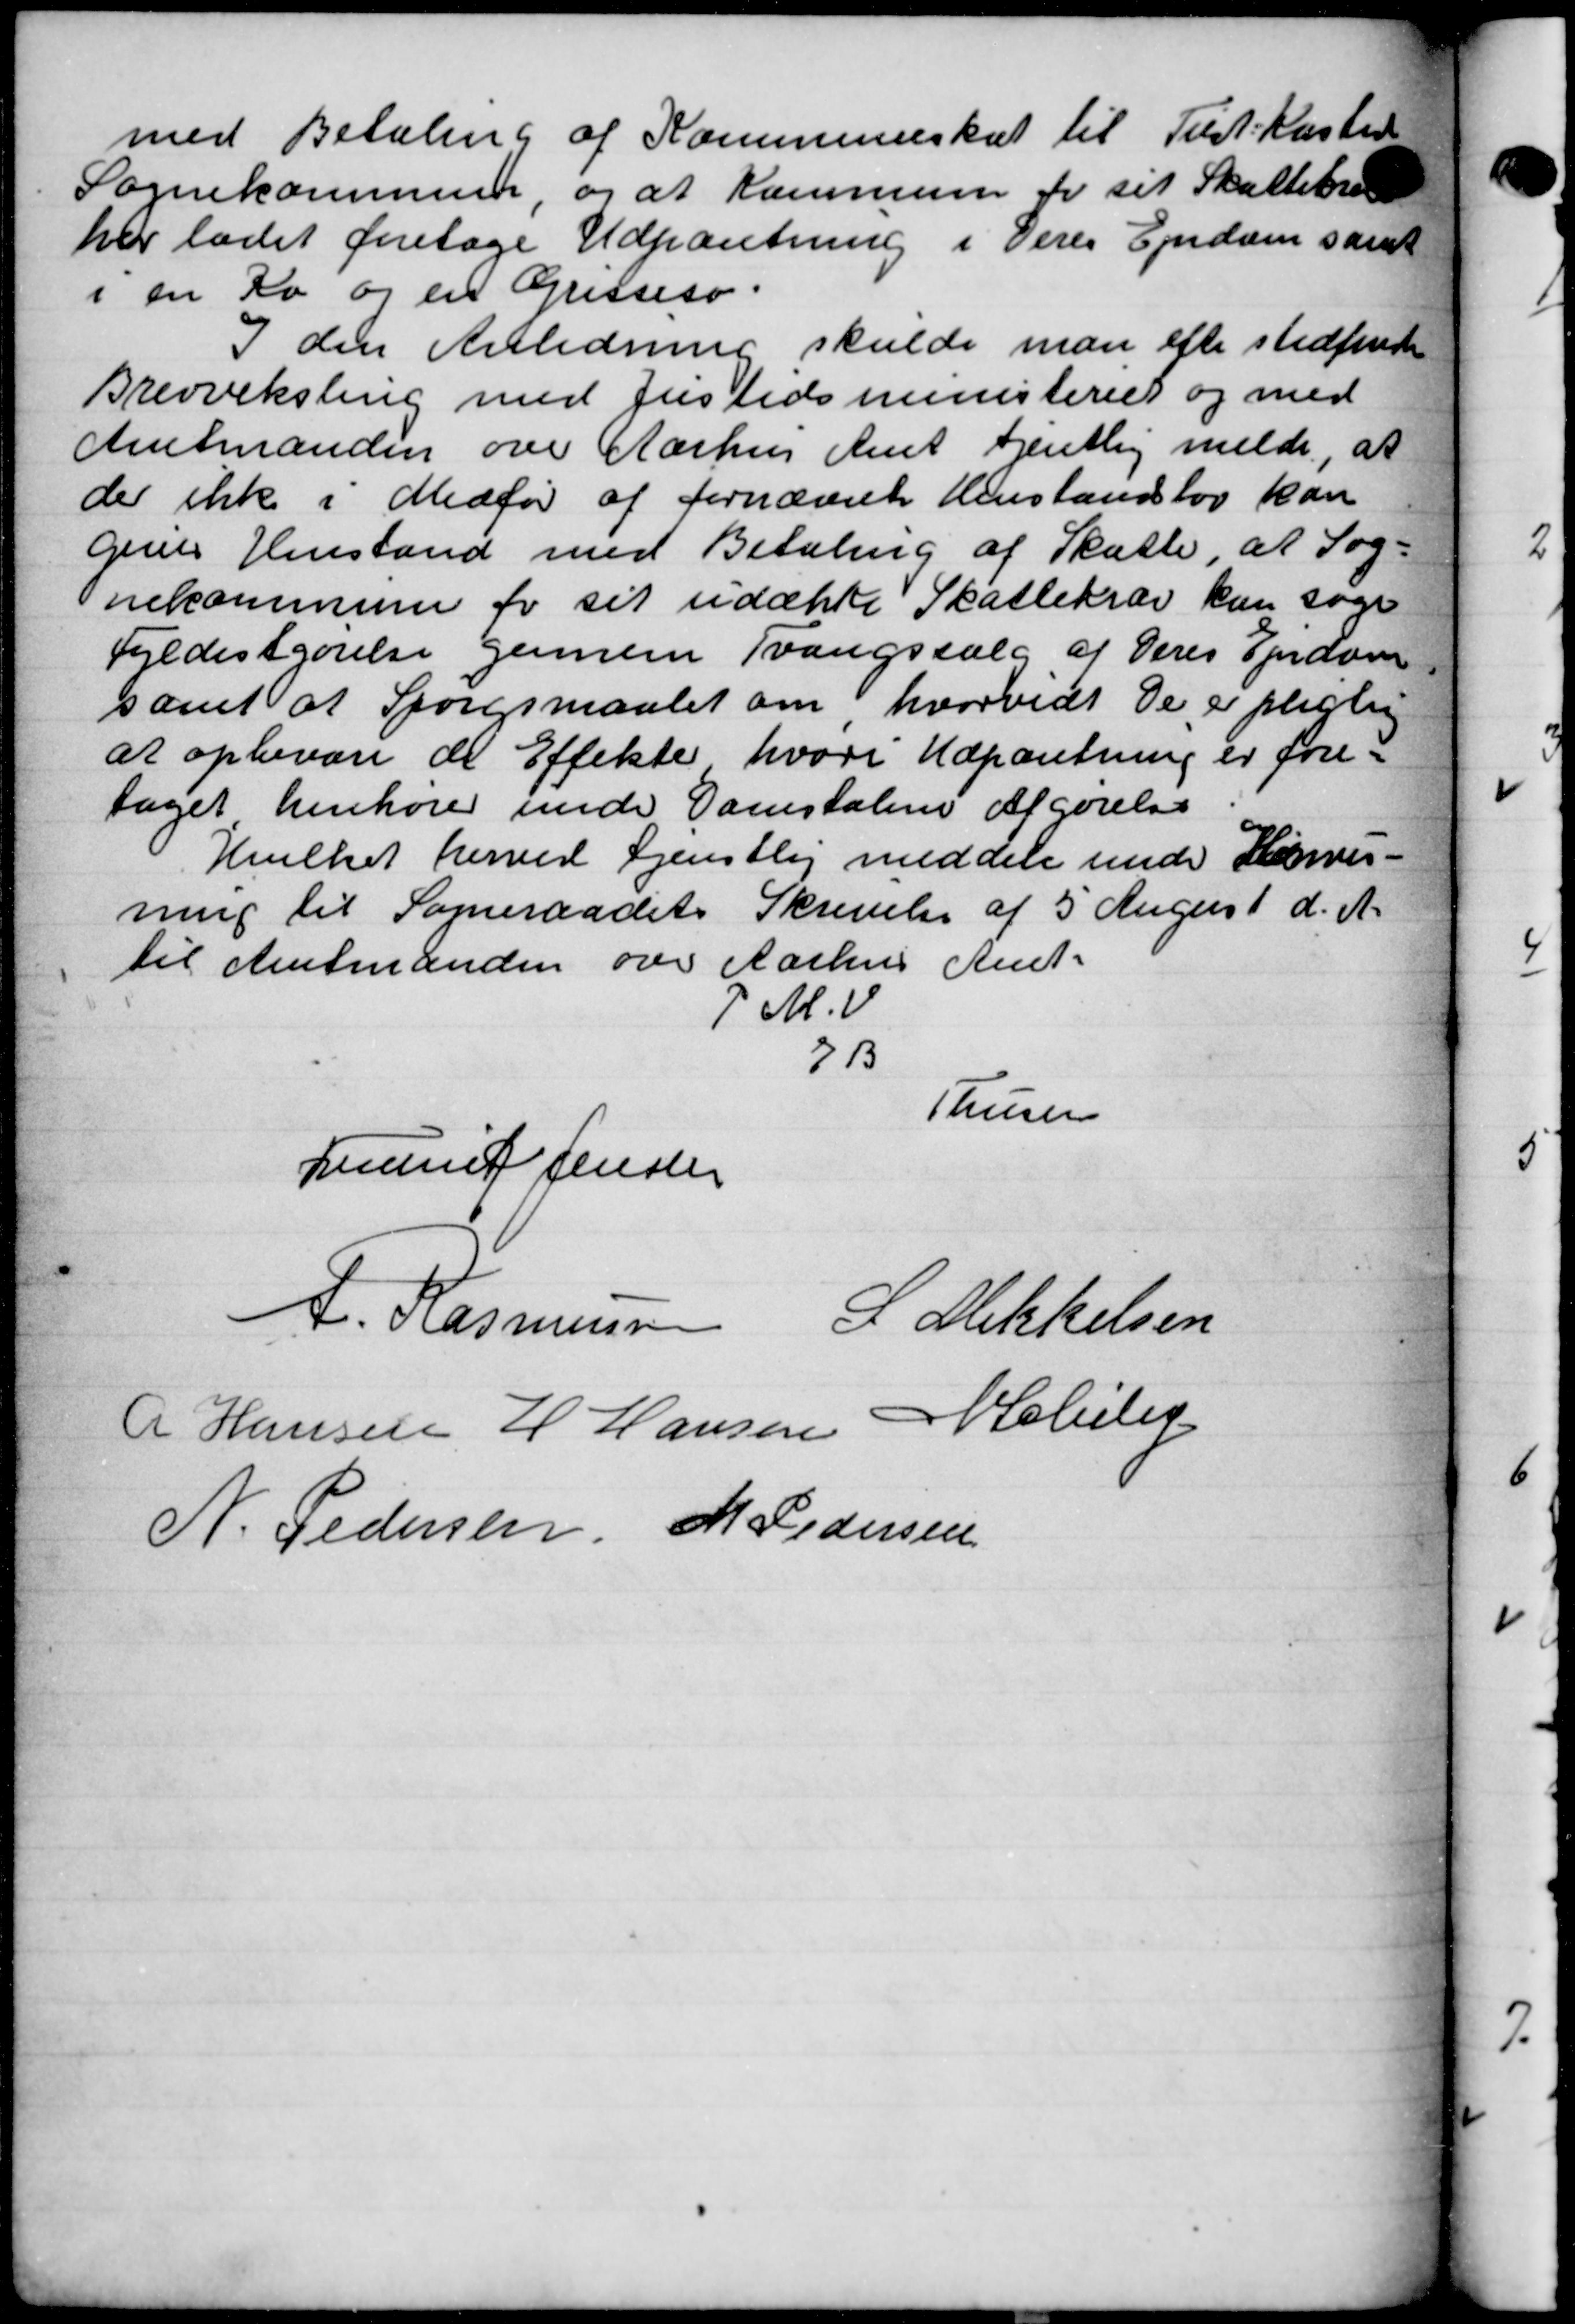
Transskription:
med Betaling af Kommuneskat til Tilst-Kasten
Sognekommune, og at Kommunen for sit Skattekræ
her ladet foretage Udpantning i Deres Ejendom samt
i en Ro og en Gresseso.
I den Anledning skulde man efter stedfunde
Brevveksling med Justidsministeriet og med
Amtmanden over Aarhus Amt tjentlig melde, at
der ikke i Medfør af fornævnte Henstandelov kan
gives Henstand med Betaling af Skatte at Sog-
nekommune for sit udætte Skattekrav kan søge
Fyldestgørelse gennem Tvangssalg af Deres Ejendom
samt at Spørgsmaalet om hvorvidt De er pligtig
at opbevare de Eftekte hvori Udpantning er fore-
taget henhører unde Danstalene Afgørelse
Hulket herved Gjenstlig meddele under Harver-
ning til Sogneraadets Skrivelse af 5 August d. A.
til Amtmanden over Aarhus Amt-
 M.V.
71
Thusen
Lane Jensen
A. Rasmussen L Mikkelsen
R Hansen H Hansen Møller
N. Pedersen M Pedersen